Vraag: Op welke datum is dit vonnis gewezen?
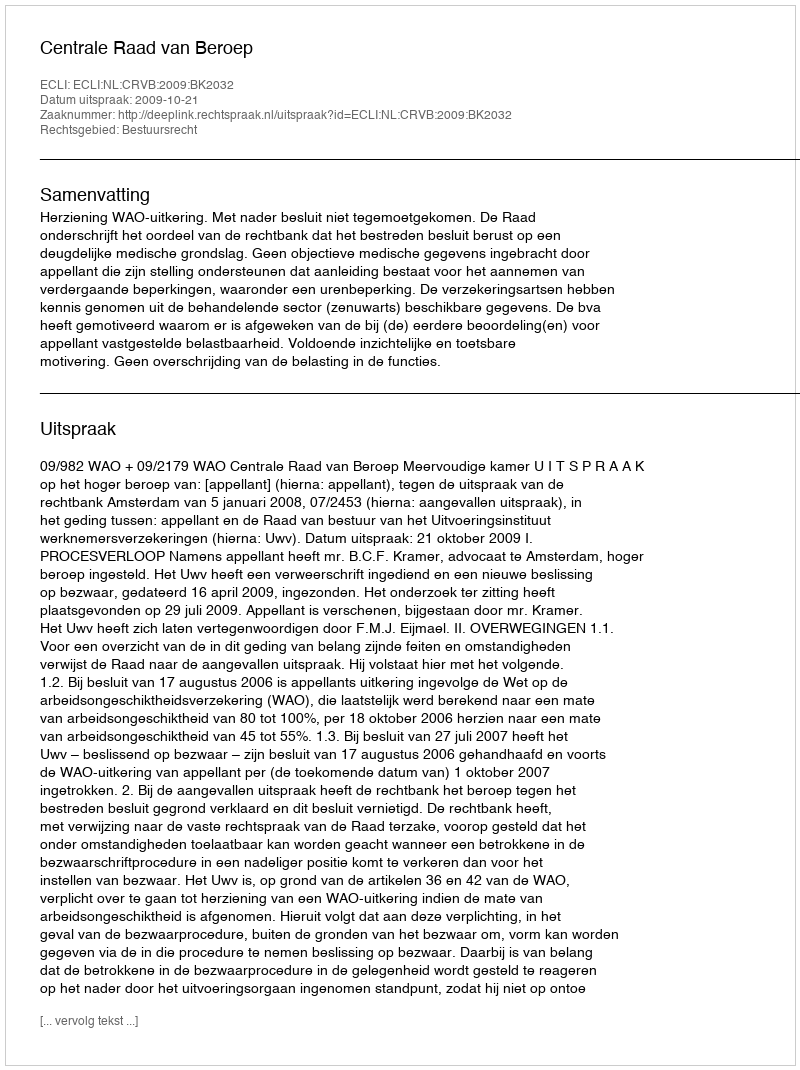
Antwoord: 2009-10-21